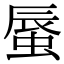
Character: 蜃